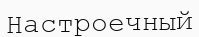
Настроечный